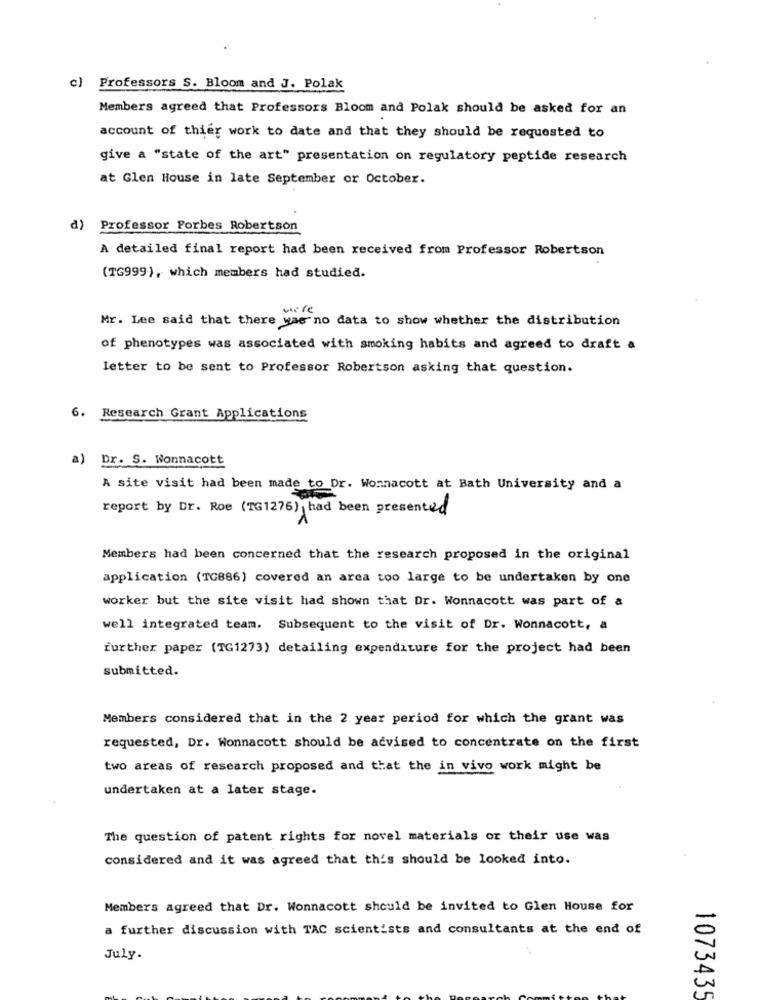
c) Professors S. Bloom and J. Polak
Members agreed that Professors Bloom and Polak should be asked for an
account of thier work to date and that they should be requested to
give a "state of the art" presentation on regulatory peptide research
at Glen House in late September or October.
a)
Professor Forbes Robertson
A detailed final report had been received from Professor Robertson
(TG999), which members had studied.
wire
Mr. Lee said that there was no data to show whether the distribution
of phenotypes was associated with smoking habits and agreed to draft a
letter to be sent to Professor Robertson asking that question.
Research Grant Applications
a) Dr. S. Wonnacott
A site visit had been made to Dr. Wonnacott at Bath University and a
report by Dr. Roe (TG1276), had been presented
Members had been concerned that the research proposed in the original
application (TC886) covered an arca too large to be undertaken by one
worker but the site visit had shown that Dr. Wonnacott was part of a
well integrated team. Subsequent to the visit of Dr. Wonnacott, a
further paper (TG1273) detailing expenditure for the project had been
submitted.
Members considered that in the 2 year period for which the grant was
requested, Dr. Wonnacott should be advised to concentrate on the first
two areas of research proposed and that the in vivo work might be
undertaken at a later stage.
The question of patent rights for novel materials or their use was
considered and it was agreed that this should be looked into.
Members agreed that Dr. Wonnacott should be invited to Glen House for
a further discussion with TAC scientists and consultants at the end of
July.
1073435